Calcutta medical institutions reports 1879-81 [i.e.91]
Year: 1879
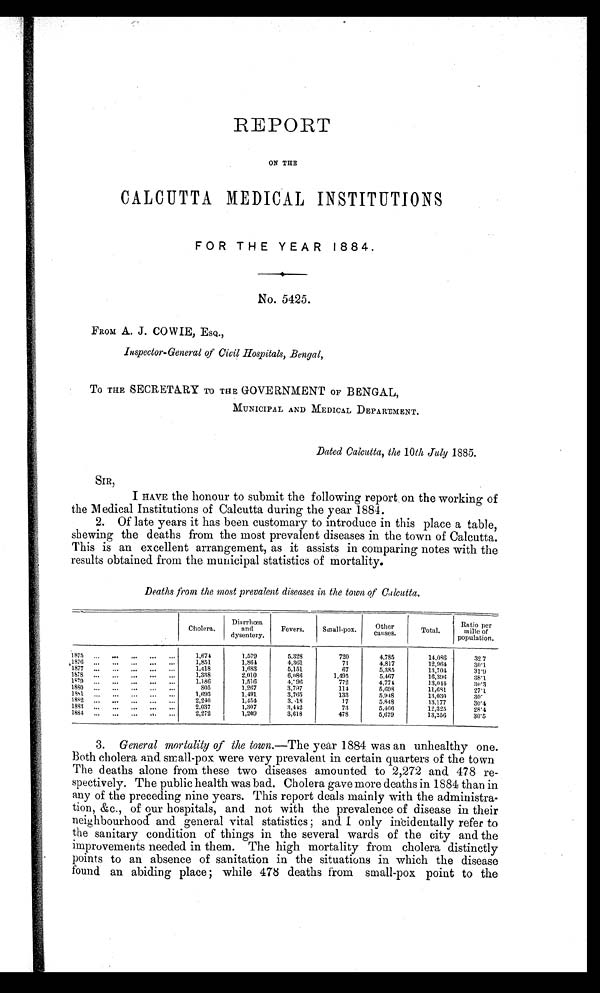
REPORT
ON THE
CALCUTTA MEDICAL INSTITUTIONS
FOR THE YEAR 1884.
No. 5425.
FROM A. J. COWIE, ESQ.,
Inspector-General of Civil Hospitals, Bengal,
TO THE SECRETARY TO THE GOVERNMENT OF BENGAL,
MUNICIPAL AND MEDICAL DEPARTMENT.
Dated Calcutta, the 10th July 1885.
SIR,
I HAVE the honour to submit the following report on the working of
the Medical Institutions of Calcutta during the year 1884.
2. Of late years it has been customary to introduce in this place a table,
shewing the deaths from the most prevalent diseases in the town of Calcutta.
This is an excellent arrangement, as it assists in comparing notes with the
results obtained from the municipal statistics of mortality.
Deaths from the most prevalent diseases in the town of Calcutta.
Cholera.
Dinrrhœa
and
dysentery.
Fevers.
Small-pox.
Other
causes.
Total.
Ratio per
mille of
population.
1875 ...
... ...
...
. . .
1,674
1,579
5,328
720
4,785
14,086
32 7
1876...
1,851
1,864
4,361
71
4,817
12,964
30.1
1877
. . .
......
1,418
1,683
5,151
67
5,385
13,704
31.9
1878...
1,338
2,010
6,086
1,495
5,467
16,396
38.1
1879... . . .
. . .
. . .
. . .
. . .
1,186
1,516
4,96
772
4,774
13,044
30.3
1880
...
...
...
...
...
805
1,267
3,797
114
5,698
11,681
27.1
1881
...
...
...
...
...
1,693
1,491
3,765
133
5,948
13,030
30.
1882...
...
...
2,240
1,454
3,18
17
5,848
13,177
30.4
1883
...
...
...
...
...
2,037
1,307
3,442
73
5,466
12,325
28.4
1884... ...
2,272
1,209
3,618
478
5,679
13,256
30.5
3. General mortality of the town.— The year 1884 was an unhealthy one.
Both cholera and small-pox were very prevalent in certain quarters of the town
The deaths alone from these two diseases amounted to 2,272 and 478 re-
spectively. The public health was bad. Cholera gave more deaths in 1884 than in
any of the preceding nine years. This report deals mainly with the administra-
tion, &c., of our hospitals, and not with the prevalence of disease in their
neighbourhood and general vital statistics; and I only incidentally refer to
the sanitary condition of things in the several wards of the city and the
improvements needed in them. The high mortality from cholera distinctly
points to an absence of sanitation in the situations in which the disease
found an abiding place; while 478 deathsf r o m s m a l l
- p o x p o i n t
t o
t h e